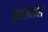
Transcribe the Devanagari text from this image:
तमउदहरा